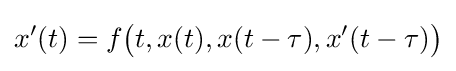
x'(t)=f{\bigl (}t,x(t),x(t-\tau ),x'(t-\tau ){\bigr )}